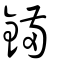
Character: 鏋